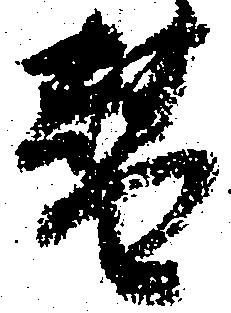
替